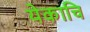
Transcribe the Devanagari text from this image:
येकाचि